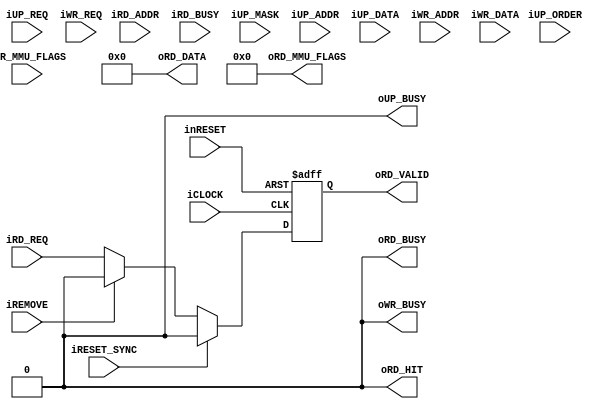
module l1_data_cache_64entry_4way_line64b_bus_8b_disable_cache(
		input wire iCLOCK,
		input wire inRESET,
		input wire iRESET_SYNC,
		input wire iREMOVE,
		input wire iRD_REQ,
		output wire oRD_BUSY,		
		input wire [31:0] iRD_ADDR,		
		output wire oRD_VALID,
		output wire oRD_HIT,
		input wire iRD_BUSY,		
		output wire [31:0] oRD_DATA,
		output wire [11:0] oRD_MMU_FLAGS,
		input wire iUP_REQ,
		output wire oUP_BUSY,
		input wire [1:0] iUP_ORDER,
		input wire [3:0] iUP_MASK,
		input wire [31:0] iUP_ADDR,				
		input wire [31:0] iUP_DATA,
		input wire iWR_REQ,
		output wire oWR_BUSY,
		input wire [31:0] iWR_ADDR,	
		input wire [511:0] iWR_DATA,
		input wire [255:0] iWR_MMU_FLAGS
	);
	assign oRD_BUSY = 1'b0;
	assign oRD_MMU_FLAGS = 11'h0;
	reg b_req_valid;
	always@(posedge iCLOCK or negedge inRESET)begin
		if(!inRESET)begin
			b_req_valid <= 1'b0;
		end
		else if(iRESET_SYNC)begin
			b_req_valid <= 1'b0;
		end
		else if(iREMOVE)begin
			b_req_valid <= 1'b0;
		end
		else begin
			b_req_valid <= iRD_REQ;
		end
	end
	assign oRD_VALID = b_req_valid;
	assign oRD_HIT = 1'b0;
	assign oRD_DATA = 32'h0;
	assign oUP_BUSY = 1'b0;
	assign oWR_BUSY = 1'b0;
endmodule